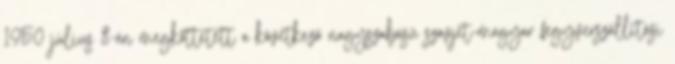
1950 július 8-án megköttetett a következő nagyszabású szovjet-magyar fegyverszállítási